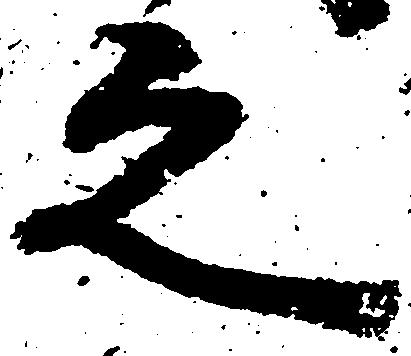
之